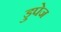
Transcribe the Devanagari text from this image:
डुपेज